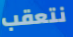
نتعقب